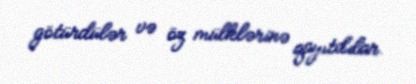
götürdülər və öz mülklərinə qayıtdılar.